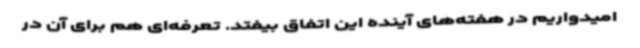
امیدواریم در هفته‌های آینده این اتفاق بیفتد. تعرفه‌ای هم برای آن در